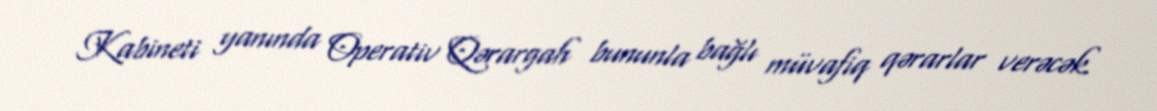
Kabineti yanında Operativ Qərargah bununla bağlı müvafiq qərarlar verəcək.